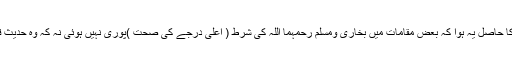
پس اس جرح کا حاصل یہ ہوا کہ بعض مقامات میں بخاری ومسلم رحمہما اللہ کی شرط ( اعلیٰ درجے کی صحت )پوری نہیں ہوئی نہ کہ وہ حدیث قابل عمل نہیں۔